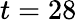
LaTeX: t=28